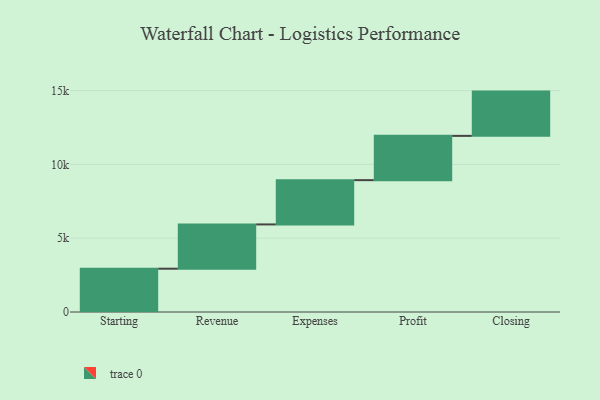
{"axis": {"x": "Step", "y": "Value"}, "legend": [""], "data": [{"x": "Starting", "y": 2934.0, "type": ""}, {"x": "Revenue", "y": 3000, "type": ""}, {"x": "Expenses", "y": 3000, "type": ""}, {"x": "Profit", "y": 3000, "type": ""}, {"x": "Closing", "y": 3000, "type": ""}]}